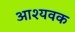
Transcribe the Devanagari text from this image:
आश्यवक